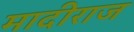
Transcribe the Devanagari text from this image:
मादीराज